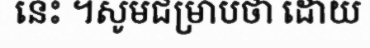
នេះ ។សូមជម្រាបថា ដោយ